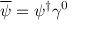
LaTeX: { \overline { { \psi } } } = \psi ^ { \dagger } \gamma ^ { 0 }